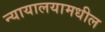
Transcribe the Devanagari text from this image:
न्यायालयामधील